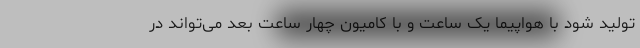
تولید شود با هواپیما یک ساعت و با کامیون چهار ساعت بعد می‌تواند در